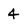
Character: 4